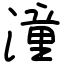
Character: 潼